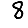
Digit: 8